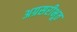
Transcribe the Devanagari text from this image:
अग्रसरीभूत